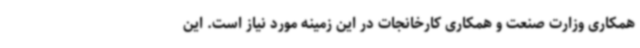
همکاری وزارت صنعت و همکاری کارخانجات در این زمینه مورد نیاز است. این